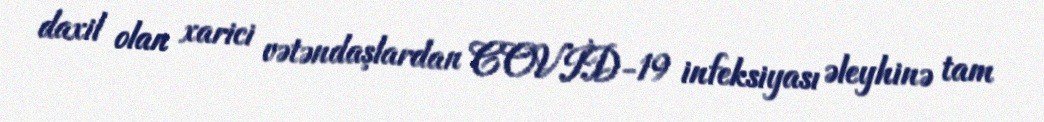
daxil olan xarici vətəndaşlardan COVİD-19 infeksiyası əleyhinə tam